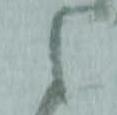
候